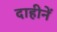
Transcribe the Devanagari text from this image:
दाहीनें